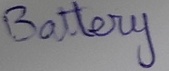
Text: Battery